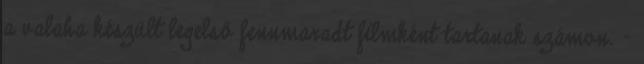
a valaha készült legelső fennmaradt filmként tartanak számon. -